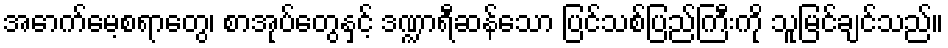
အောက်မေ့စရာတွေ၊ စာအုပ်တွေနှင့် ဒဏ္ဍာရီဆန်သော ပြင်သစ်ပြည်ကြီးကို သူမြင်ချင်သည်။